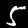
Label: 5